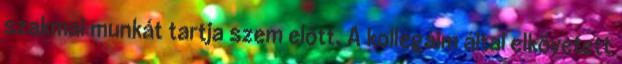
szakmai munkát tartja szem előtt. A kollégáim által elkövetett